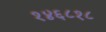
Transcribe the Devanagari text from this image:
१४६८१८